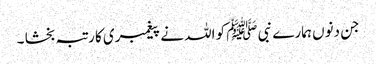
جن دنوں ہمارے نبی ﷺ کو اللہ نے پیغمبری کا رتبہ بخشا ۔